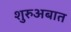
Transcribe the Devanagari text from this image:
शुरुअबात